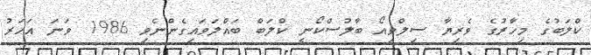
ކްލަބުގެ މިހާރުގެ ވެރިޔާ ސިލްވިއޯ ބާލުސްކޯނީ ކްލަބް ބައްލަވައިގެންނެވި 1986 ވަނަ އަހަރު